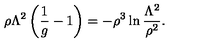
\rho \Lambda ^ { 2 } \left( \frac { 1 } { g } - 1 \right) = - \rho ^ { 3 } \ln \frac { \Lambda ^ { 2 } } { \rho ^ { 2 } } .